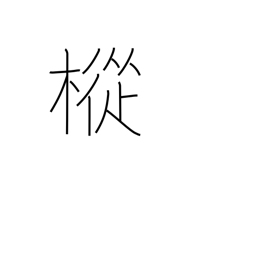
Meaning: fir